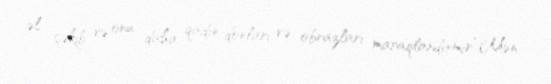
əl çəkib və onu daha qadın donları və obrazları maraqlandırmır:“Mən